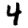
Digit: 4